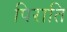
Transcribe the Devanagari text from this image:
पिराति